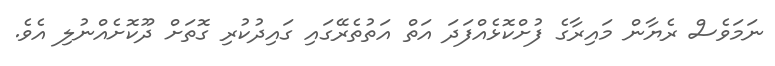
ނަމަވެސް ރެޔާން މައިރާގެ ފުށްކޮޅެއްފަދަ އަތް އަތުތެރޭގައި ގައިދުކުރި ގޮތަށް ދޫކޮށެއްނުލި އެވެ.